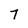
Character: 7